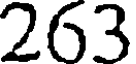
263